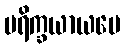
ပရိက္ခယာယပေ